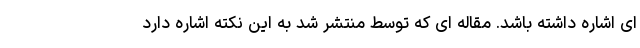
ای اشاره داشته باشد. مقاله ای که توسط منتشر شد به این نکته اشاره دارد